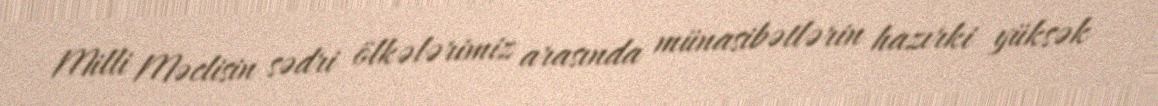
Milli Məclisin sədri ölkələrimiz arasında münasibətlərin hazırki yüksək